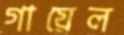
গায়েল